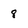
Character: 8